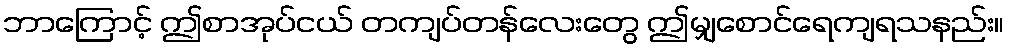
ဘာကြောင့် ဤစာအုပ်ငယ် တကျပ်တန်လေးတွေ ဤမျှစောင်ရေကျရသနည်း။